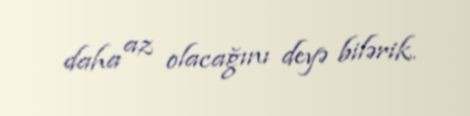
daha az olacağını deyə bilərik.